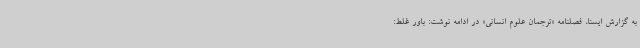
به گزارش ایسنا، فصلنامه «ترجمان علوم انسانی» در ادامه نوشت: باور غلط: